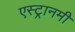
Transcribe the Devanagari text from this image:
एस्ट्रानमी